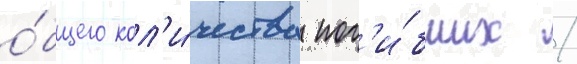
о́бщего кол'и́чества пог'и́бших /